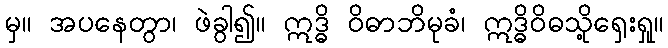
မှ။ အပနေတွာ၊ ဖဲခွါ၍။ ဣဒ္ဓိ ဝိဓာဘိမုခံ၊ ဣဒ္ဓိဝိဓသို့ရှေးရှု။